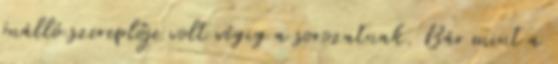
önálló szereplője volt végig a sorozatnak. Bár mint a